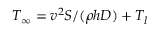
T _ { \infty } = v ^ { 2 } S / ( \rho h D ) + T _ { l }